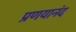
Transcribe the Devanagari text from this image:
प्रणयानंद